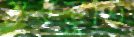
স্তবস্তুতি